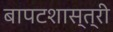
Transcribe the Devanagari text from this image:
बापटशास्त्री